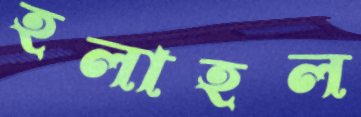
হলাহল